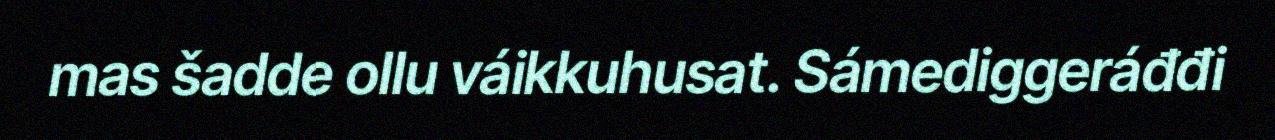
mas šadde ollu váikkuhusat. Sámediggeráđđi